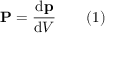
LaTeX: \mathbf { P } = { \frac { \mathrm { d } \mathbf { p } } { \mathrm { d } V } } \qquad ( 1 )